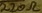
Text: 220Ω